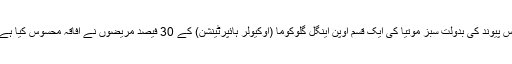
اس پیوند کی بدولت سبز موتیا کی ایک قسم اوپن اینگل گلوکوما (اوکیولر ہائپرٹینشن) کے 30 فیصد مریضوں نے افاقہ محسوس کیا ہے۔